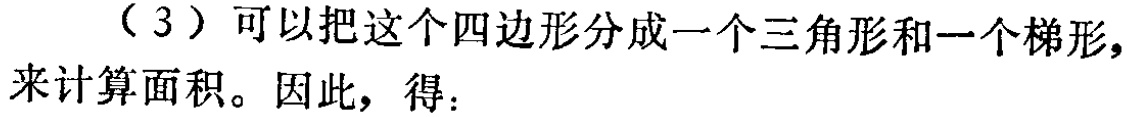
（3）可以把这个四边形分成一个三角形和一个梯形，来计算面积。因此，得：